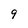
Character: 9